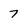
Character: 7